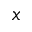
x